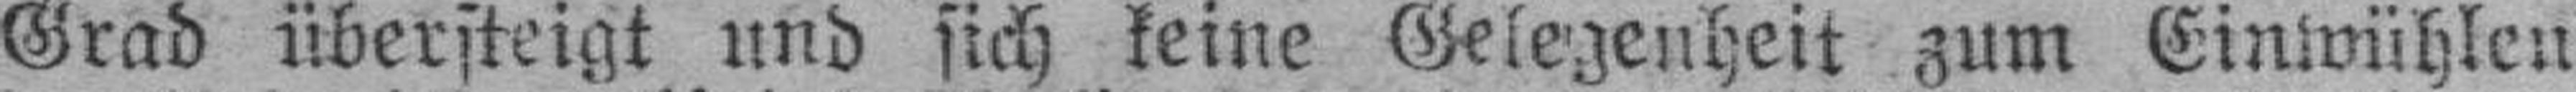
Grad übersteigt und sich keine Gelegenheit zum Einwühlen